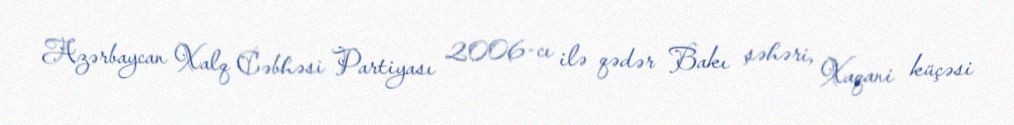
Azərbaycan Xalq Cəbhəsi Partiyası 2006-cı ilə qədər Bakı şəhəri, Xaqani küçəsi